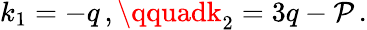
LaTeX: k_{1}=-q\, ,\qquadk_{2}=3q-\mathcal{P}\, .